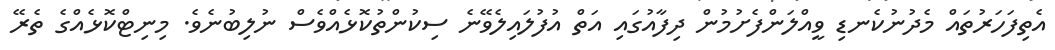
އެތިފަހަރުތައް މެދުނުކެނޑި ވީއްލަންފެށުމުން ދިފާއުގައި އަތް އުފުލައިލެވޭނެ ސިކުންތުކޮޅެއްވެސް ނުލިބުނެވެ. މިނިޓްކޮޅެއްގެ ތެރޭ